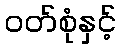
ဝတ်စုံနှင့်